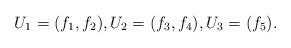
LaTeX: \begin{align*}U_1 = (f_1, f_2), U_2 = (f_3, f_4), U_3 = (f_5).\end{align*}